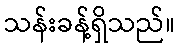
သန်းခန့်ရှိသည်။